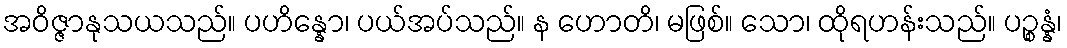
အဝိဇ္ဇာနုသယသည်။ ပဟိန္နော၊ ပယ်အပ်သည်။ န ဟောတိ၊ မဖြစ်။ သော၊ ထိုရဟန်းသည်။ ပဉ္စန္နံ၊